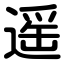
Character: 遥